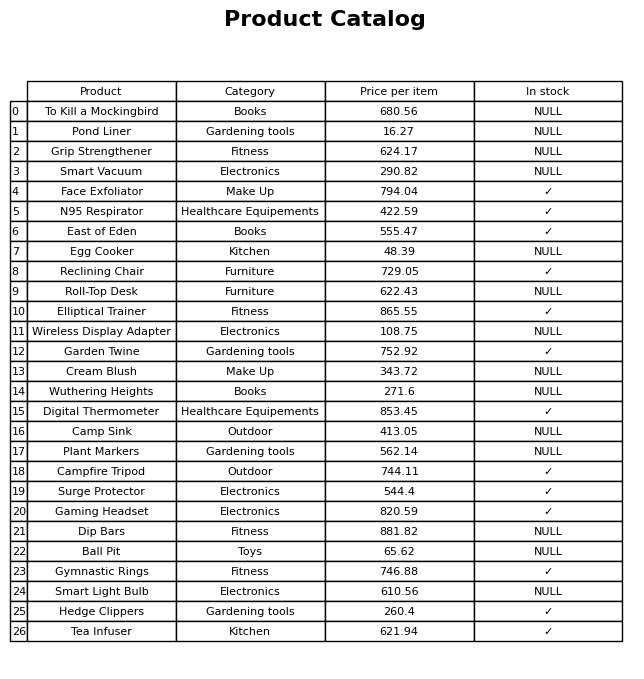
question: What is the price of the Elliptical Trainer?
answer: The price of Elliptical Trainer is 865.55.